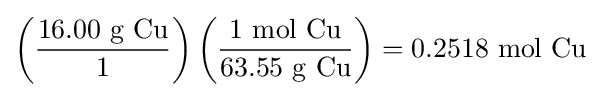
\left({\frac {16.00{\mbox{ g Cu}}}{1}}\right)\left({\frac {1{\mbox{ mol Cu}}}{63.55{\mbox{ g Cu}}}}\right)=0.2518\ {\text{mol Cu}}